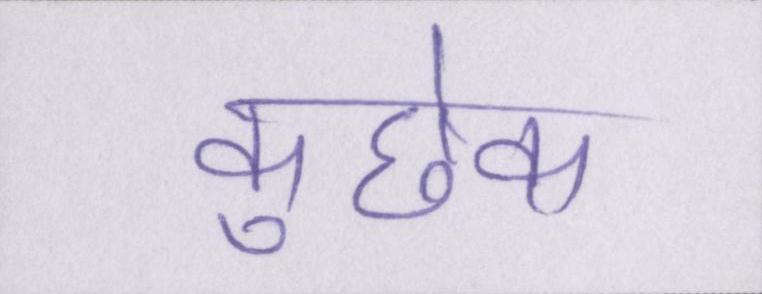
कुछेक